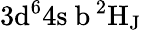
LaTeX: \mathrm{3d^{6}4s\ b\, ^{2}H_{J}}